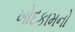
ખોદકામનો